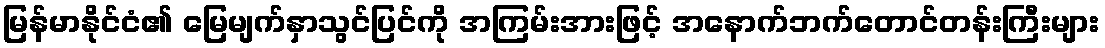
မြန်မာနိုင်ငံ၏ မြေမျက်နှာသွင်ပြင်ကို အကြမ်းအားဖြင့် အနောက်ဘက်တောင်တန်းကြီးများ